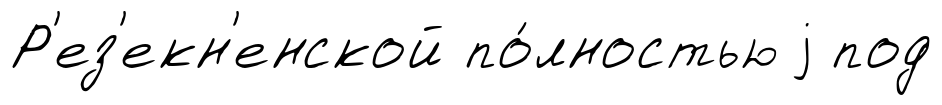
Р'ез'екн'енской по́лностью j под